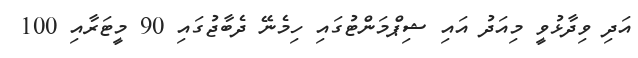
އަދި ވިދާޅުވީ މިއަދު އައި ޝިޕްމަންޓުގައި ހިމެނޭ ދެބާޖުގައި 90 މީޓަރާއި 100